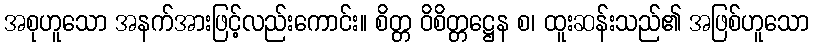
အစုဟူသော အနက်အားဖြင့်လည်းကောင်း။ စိတ္တ ဝိစိတ္တဋ္ဌေန စ၊ ထူးဆန်းသည်၏ အဖြစ်ဟူသော